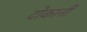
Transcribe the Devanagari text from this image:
दोकानी